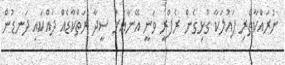
ނުރައްކާތެރި ފައުލަކާ ގުޅިގެން ރެފްރީ ވަނީ އޭނާއަށް ސީދާ ރަތްކާޑެއް ދައްކައި ދަނޑުން